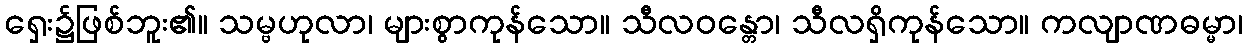
ရှေး၌ဖြစ်ဘူး၏။ သမ္ဗဟုလာ၊ များစွာကုန်သော။ သီလဝန္တော၊ သီလရှိကုန်သော။ ကလျာဏဓမ္မာ၊